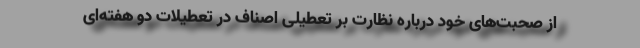
از صحبت‌های خود درباره نظارت بر تعطیلی اصناف در تعطیلات دو هفته‌ای